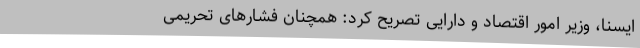
ایسنا، وزیر امور اقتصاد و دارایی تصریح کرد: همچنان فشارهای تحریمی